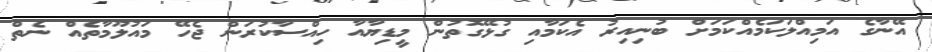
އޭނާގެ އަމިއްލަކަމެއްކަމަށް ބުނިއިރު އެކަމާއި ގުޅޭގޮތުން މީޑިޔާއާ ހިއްސާކުރަން ޖެހޭ މައުލޫމާތެއް ނެތް